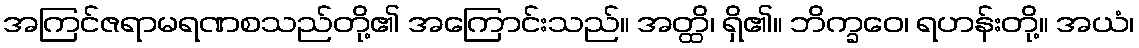
အကြင်ဇရာမရဏစသည်တို့၏ အကြောင်းသည်။ အတ္ထိ၊ ရှိ၏။ ဘိက္ခဝေ၊ ရဟန်းတို့။ အယံ၊